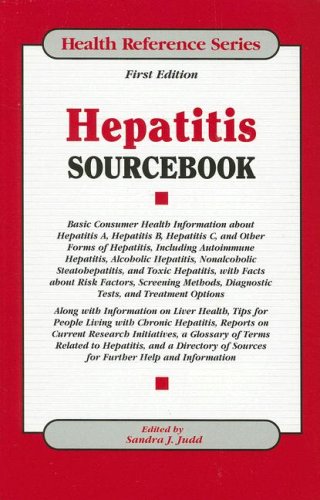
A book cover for Hepatitis Sourcebook (Health Reference Series); Ed Judd; Health, Fitness & Dieting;